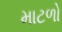
માટળો